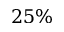
2 5 \%